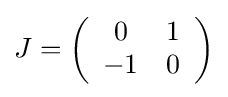
J=\left({\begin{array}{cc}0&1\\-1&0\\\end{array}}\right)